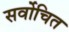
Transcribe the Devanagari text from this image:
सर्वोचित